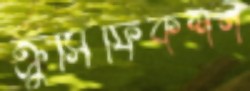
ক্রুসিফিকশন